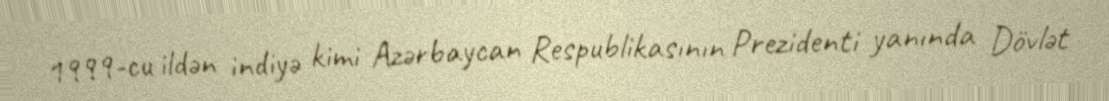
1999-cu ildən indiyə kimi Azərbaycan Respublikasının Prezidenti yanında Dövlət